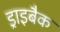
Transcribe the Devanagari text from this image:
ड्राइबैक